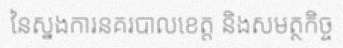
នៃស្នងការនគរបាលខេត្ត និងសមត្ថកិច្ច